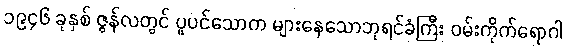
၁၉၄၆ ခုနှစ် ဇွန်လတွင် ပူပင်သောက များနေသောဘုရင်ခံကြီး ဝမ်းကိုက်ရောဂါ